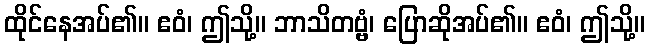
ထိုင်နေအပ်၏။ ဧဝံ၊ ဤသို့။ ဘာသိတဗ္ဗံ၊ ပြောဆိုအပ်၏။ ဧဝံ၊ ဤသို့။